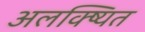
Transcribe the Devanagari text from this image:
अलक्ष्यित